Supplement to the account of plague administration in the Bombay Presidency from September 1896 till May 1897
Year: 1896
Disease focus: Plague
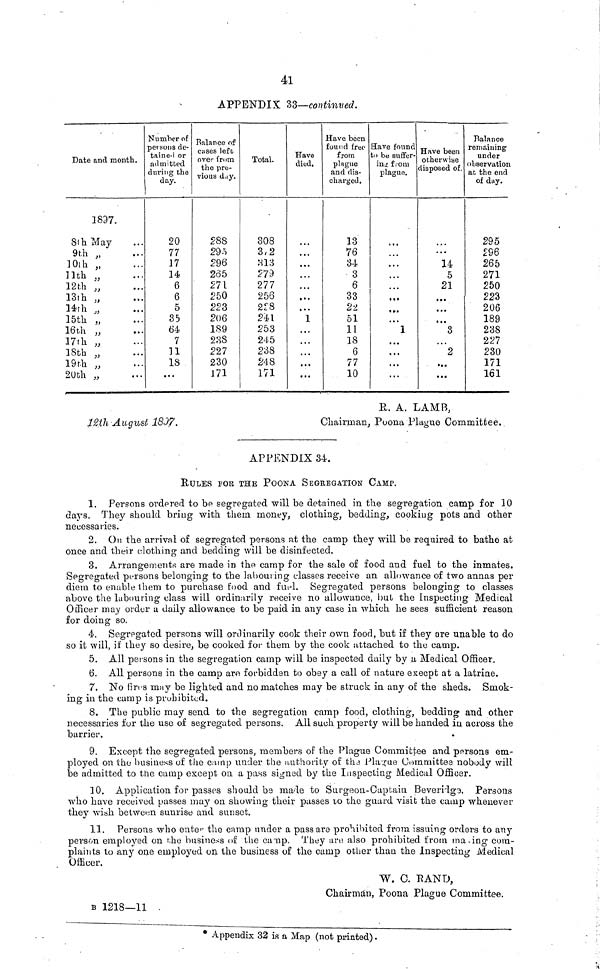
41
APPENDIX 33—continued.
Date and month.
1897.
8th May
9th „
30th „
11th „
12th „
13th „
14th „
15th ,,
16th „
17th „
18th ,.
19th „
20th „
• • •
• • •
• • •
• • •
• • •
• • •
• • •
• • •
Number of
persons de-
tained or
admitted
during the
day.
20
77
17
14
6
6
5
35
64
7
11
18
• • •
Balance of
cases left
over from
the pre-
vious day.
288
293
296
265
271
250
223
206
189
288
227
230
171
18th August 1897.
Total.
308
372
313
279
277
256
2f8
241
253
245
238
248
171
Have
died.
• • •
• • •
• • •
• • •
• • •
• • •
1
• • •
• • •
• • •
• • •
Have boon
found free
from
plague
and dis-
charged.
13
76
34
3
6
33
22
51
11
18
6
77
10
Save found
to be suffer-
ing from
plague.
• • •
• • •
• • •
• • •
1
• • •
• • •
...
Have been
otherwise
disposed of.
...
14
5
21
• • •
• • •
3
• • •
2
• • •
...
Balance
remaining
under
observation
at the end
of day.
295
296
265
271
250
223
206
189
238
227
230
171
161
R. A. LAMB,
Chairman, Poona Plague Committee.
APPENDIX 34.
RULES FOR THE POONA SEGREGATION CAMP.
1. Persons ordered to be segregated will be detained in the segregation camp for 10
days. They should bring with them money, clothing, bedding, cooking pots and other
necessaries.
2. On the arrival of segregated persons at the camp they will be required to bathe at
once and their clothing and bedding will be disinfected.
3. Arrangements are made in the camp for the sale of food and fuel to the inmates.
Segregated persons belonging to the labouring classes receive an allowance of two annas per
diem to enable them to purchase food and fuel. Segregated persons belonging to classes
above the labouring class will ordinarily receive no allowance, but the Inspecting Medical
Officer may order a daily allowance to be paid in any case in which he sees sufficient reason
for doing so.
4. Segregated persons will ordinarily cook their own food, but if they are unable to do
so it will, if they so desire, be cooked for them by the cook attached to the camp.
5. All persons in the segregation camp will be inspected daily by a Medical Officer.
6. All persons in the camp are forbidden to obey a call of nature execpt at a latrine.
7. No fires may be lighted and no matches may be struck in any of the sheds. Smok-
ing in the camp is prohibited.
8. The public may send to the segregation camp food, clothing, bedding and other
necessaries for the use of segregated persons. All such property will be handed in across the
barrier.
9. Except the segregated persons, members of the Plague Committee and persons em-
ployed on the business of the camp under the authority of the Plague Committee nobody will
be admitted to the camp except on a pass signed by the Inspecting Medical Officer.
10. Application for passes should be made to Surgeon-Captain Beveridge. Persons
who have received passes may on showing their passes to the guard visit the camp whenever
they wish between sunrise and sunset.
11. Persons who enter- the camp under a pass are prohibited from issuing orders to any
person employed on the business of the camp. They uro also prohibited from ma.ing com-
plaints to any one employed on the business of the camp other than the Inspecting Medical
Officer.
W. C. RAND,
Chairmán, Poona Plague Committee.
B 1218—11
* Appendix 32 is a Map (not printed).